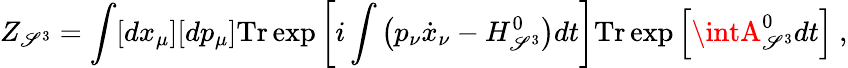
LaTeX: Z_{\mathscr{S}^{3}}=\int[dx_{\mu}][dp_{\mu}]\mathrm{{Tr}}\exp\left[i\int\left(p_{\nu}\dot{{x}}_{\nu}-H_{\mathscr{S}^{3}}^{0}\right)dt\right]\mathrm{{Tr}}\exp\left[\intA_{\mathscr{S}^{3}}^{0}dt\right]\ ,